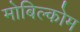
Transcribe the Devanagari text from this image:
मोबिल्कोम